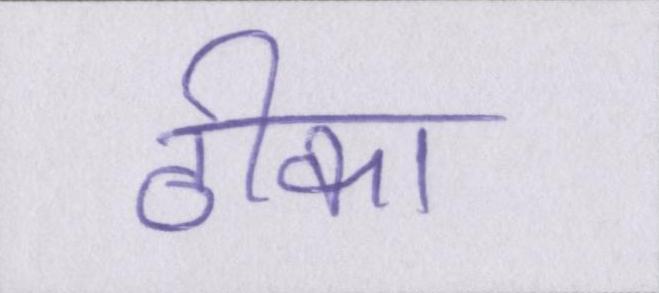
ठीका